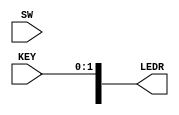
/*  Simple I/O example for LabsLand's FPGA experiments
    Author: Sebastian Garcia
    Date: April 2021
*/

module simple_io (
    input [2:0] SW,  // Switches
    input [2:1] KEY,  // Push buttons
    output [9:0] LEDR  // LEDs
);

assign LEDR[0] = KEY[1];
assign LEDR[1] = KEY[2];
assign LEDR[9] = SW[0];
assign LEDR[8] = SW[1];
assign LEDR[7] = SW[2];

endmodule